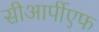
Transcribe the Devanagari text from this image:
सीआर्पीएफ